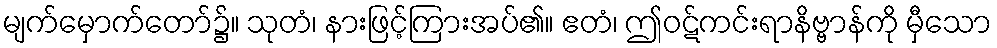
မျက်မှောက်တော်၌။ သုတံ၊ နားဖြင့်ကြားအပ်၏။ ဧတံ၊ ဤဝဋ်ကင်းရာနိဗ္ဗာန်ကို မှီသော